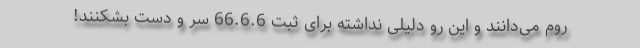
روم می‌دانند و این رو دلیلی نداشته برای ثبت 66.6.6 سر و دست بشکنند!